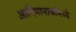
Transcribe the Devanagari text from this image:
आदिमानावांमध्ये